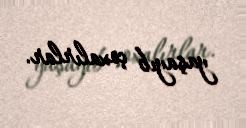
yaşayıb çoxalırlar.